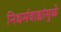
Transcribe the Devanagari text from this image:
निधर्मवाद्यांमुळे